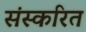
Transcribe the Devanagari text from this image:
संस्करित